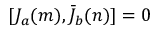
[ J _ { a } ( m ) , \bar { J } _ { b } ( n ) ] = 0